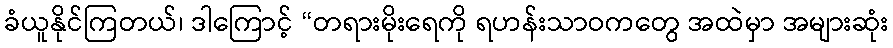
ခံယူနိုင်ကြတယ်၊ ဒါကြောင့် “တရားမိုးရေကို ရဟန်းသာဝကတွေ အထဲမှာ အများဆုံး